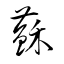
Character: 蘇